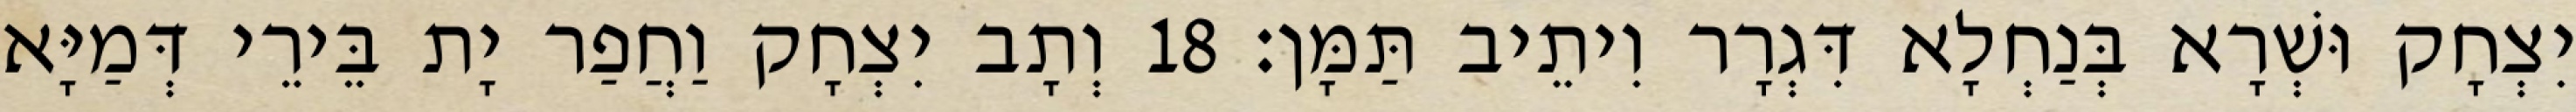
יִצְחָק וּשְׁרָא בְּנַחְלָא דִּגְרָר וִיתֵיב תַּמָּן׃ 18 וְתָב יִצְחָק וַחֲפַר יָת בֵּירֵי דְּמַיָּא